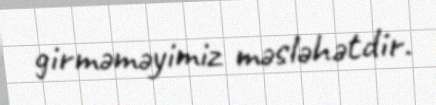
girməməyimiz məsləhətdir.